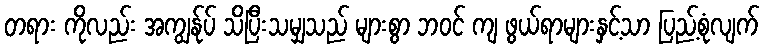
တရား ကိုလည်း အကျွန်ုပ် သိပြီးသမျှသည် များစွာ ဘဝင် ကျ ဖွယ်ရာများနှင့်သာ ပြည့်စုံလျက်